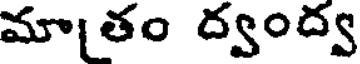
మాతం ద్వంద్వ